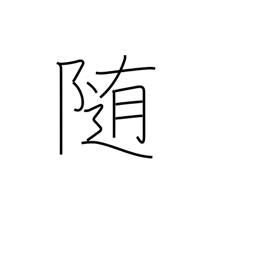
Meaning: submit to